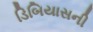
ડિબિયાસની